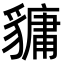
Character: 𧴄